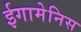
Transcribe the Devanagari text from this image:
ईगामेनिस